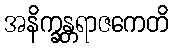
အနိက္ခန္တရာဇကေတိ